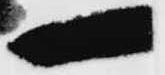
一